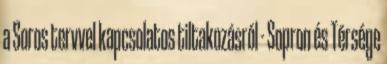
a Soros tervvel kapcsolatos tiltakozásról - Sopron és Térsége